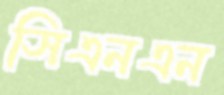
সিএনএন